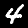
Digit: 4